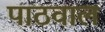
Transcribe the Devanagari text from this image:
पाठवाल